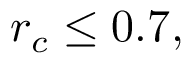
r _ { c } \le 0 . 7 ,